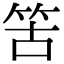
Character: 䇢